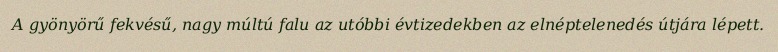
A gyönyörű fekvésű, nagy múltú falu az utóbbi évtizedekben az elnéptelenedés útjára lépett.